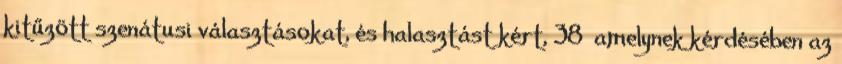
kitűzött szenátusi választásokat, és halasztást kért, 38 amelynek kérdésében az